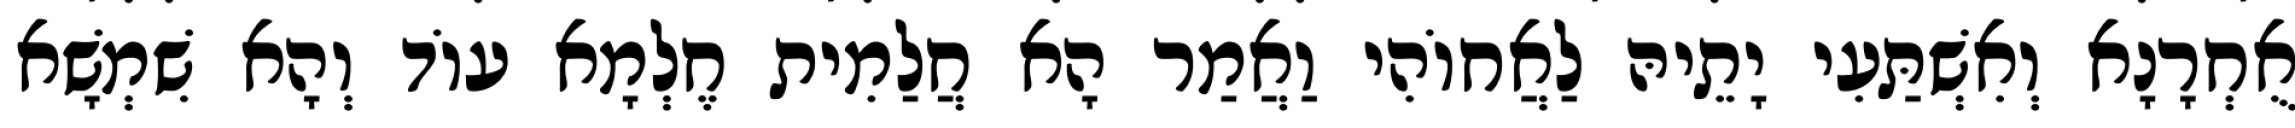
אֻחְרָנָא וְאִשְׁתַּעִי יָתֵיהּ לַאֲחוֹהִי וַאֲמַר הָא חֲלַמִית חֶלְמָא עוֹד וְהָא שִׁמְשָׁא